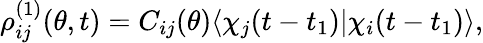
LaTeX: \begin{array}{r}{\rho_{ij}^{(1)}(\theta,t)=C_{ij}(\theta)\langle\chi_{j}(t-t_{1})|\chi_{i}(t-t_{1})\rangle,}\end{array}